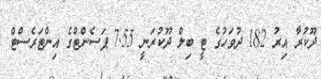
ދޫކުރާ އިރު 182 ދުވަހުގެ ޓީ ބިލް ދޫކުރަނީ 7.55 ޕަސެންޓްގެ އިންޓަރެސްޓް